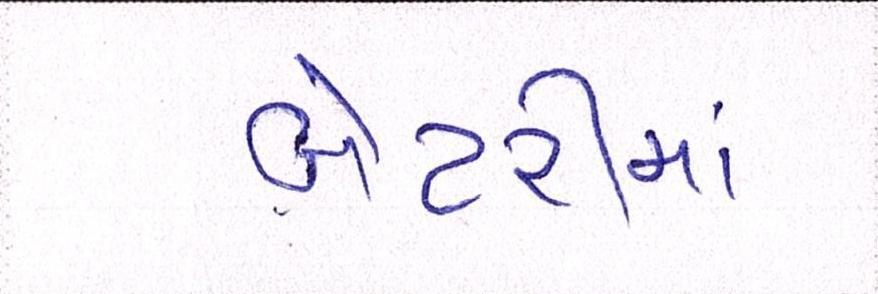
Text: બેટરીમાં